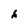
Character: 6